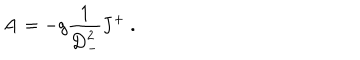
{ \bf A } = - g { \frac { 1 } { { \bf D } _ { - } ^ { 2 } } } { \bf J } ^ { + } \ .